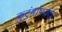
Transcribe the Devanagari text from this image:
कुटुंबांपर्यंत